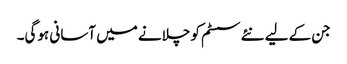
جن کے لیے نئے سسٹم کو چلانے میں آسانی ہوگی۔